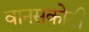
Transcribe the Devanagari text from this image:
वानसकोटी